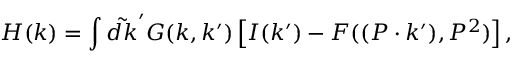
{ \cal H } ( k ) = \int \tilde { d k } ^ { \prime } G ( k , k ^ { \prime } ) \left[ I ( k ^ { \prime } ) - F ( ( P \cdot k ^ { \prime } ) , P ^ { 2 } ) \right] ,